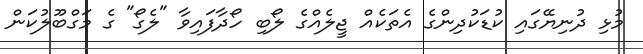
މުޅި ދުނިޔޭގައި ކުޑަކުދިންގެ އެތަކެއް ޖީލެއްގެ ލޯބި ހޯދާފައިވާ "ލެގޯ" ގެ މަގްބޫލުކަން